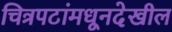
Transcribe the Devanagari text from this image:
चित्रपटांमधूनदेखील